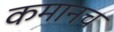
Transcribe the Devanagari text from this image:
कमानच